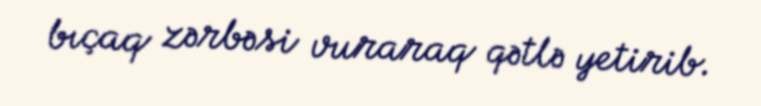
bıçaq zərbəsi vuraraq qətlə yetirib.